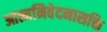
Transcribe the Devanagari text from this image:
आत्मनिवेदनासक्ति